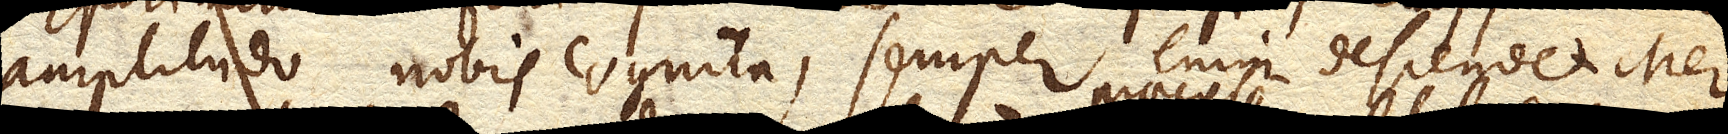
amplitudo nobis cognita, semper enim descendet Mer–